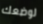
لوضعك